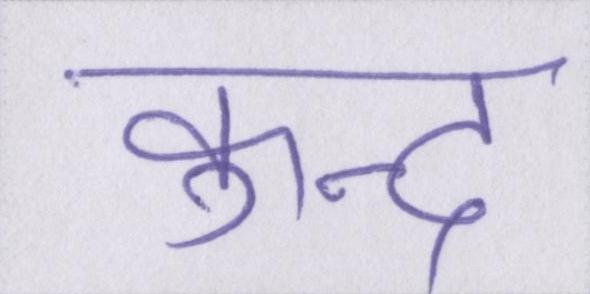
कुन्द